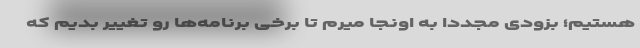
هستیم؛ بزودی مجددا به اونجا میرم تا برخی برنامه‌ها رو تغییر بدیم که